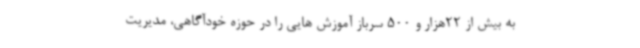
به بیش از 22هزار و 500 سرباز آموزش هایی را در حوزه خودآگاهی، مدیریت